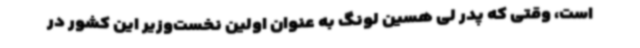
است، وقتی که پدر لی هسین لونگ به عنوان اولین نخست‌وزیر این کشور در